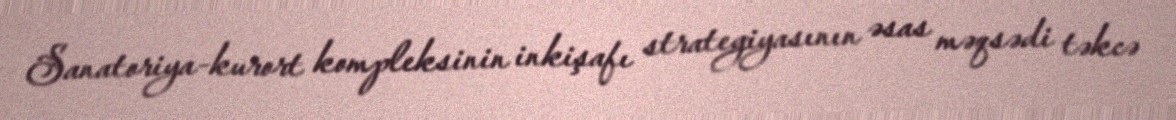
Sanatoriya-kurort kompleksinin inkişafı strategiyasının əsas məqsədi təkcə